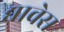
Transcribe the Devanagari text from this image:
द्यावेस